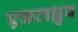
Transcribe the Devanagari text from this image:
एकलध्रुव